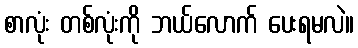
စာလုံး တစ်လုံးကို ဘယ်လောက် ပေးရမလဲ။